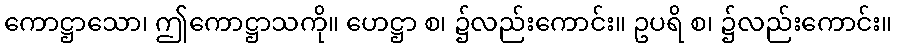
ကောဋ္ဌာသော၊ ဤကောဋ္ဌာသကို။ ဟေဋ္ဌာ စ၊ ၌လည်းကောင်း။ ဥပရိ စ၊ ၌လည်းကောင်း။